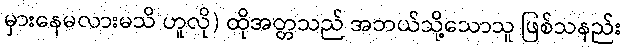
မှားနေမလားမသိ ဟူလို) ထိုအတ္တသည် အဘယ်သို့သောသူ ဖြစ်သနည်း